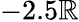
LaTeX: -2.5\mathbb{R}